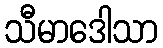
သီမာဒေါသာ